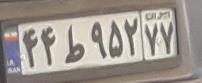
۴۴ط۹۵۲۷۷